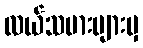
လယ်သမားများမှ